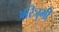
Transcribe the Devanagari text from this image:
अरिजुमी